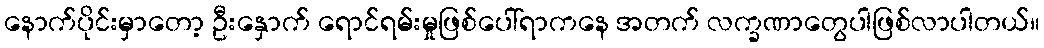
နောက်ပိုင်းမှာတော့ ဦးနှောက် ရောင်ရမ်းမှုဖြစ်ပေါ်ရာကနေ အတက် လက္ခဏာတွေပါဖြစ်လာပါတယ်။